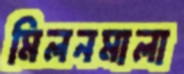
মিলনমালা